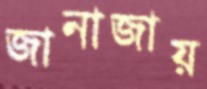
জানাজায়